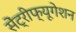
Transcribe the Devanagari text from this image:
सेंट्रीफ्यूगेशन